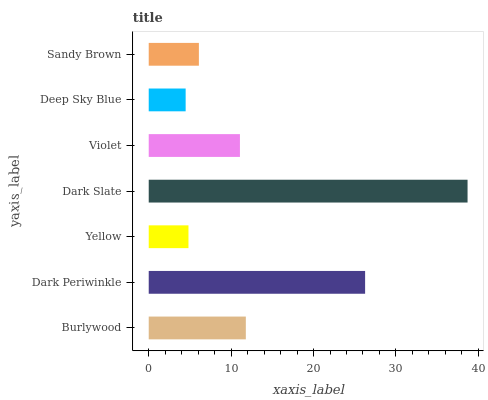
| yaxis_label | bars |
 | --- | --- |
 | Burlywood | 11.8 |
 | Dark Periwinkle | 26.3 |
 | Yellow | 4.82 |
 | Dark Slate | 38.7 |
 | Violet | 11.1 |
 | Deep Sky Blue | 4.48 |
 | Sandy Brown | 6.09 |